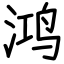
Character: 鸿